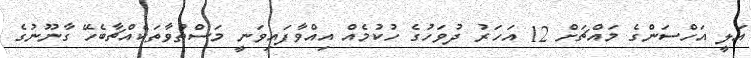
އަލީ އަހްސަންގެ މައްޗަށް 12 އަހަރު ދުވަހުގެ ހުކުމެއް އިއްވާފައިވަނީ މަސްތުވާތަކެއްޗާބެހޭ ގާނޫނުގެ